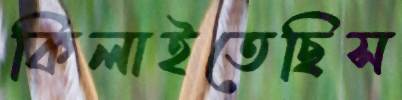
কিলাইতেছিস